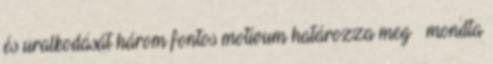
és uralkodását három fontos motívum határozza meg – mondta